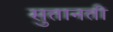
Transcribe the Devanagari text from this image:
सुतानती